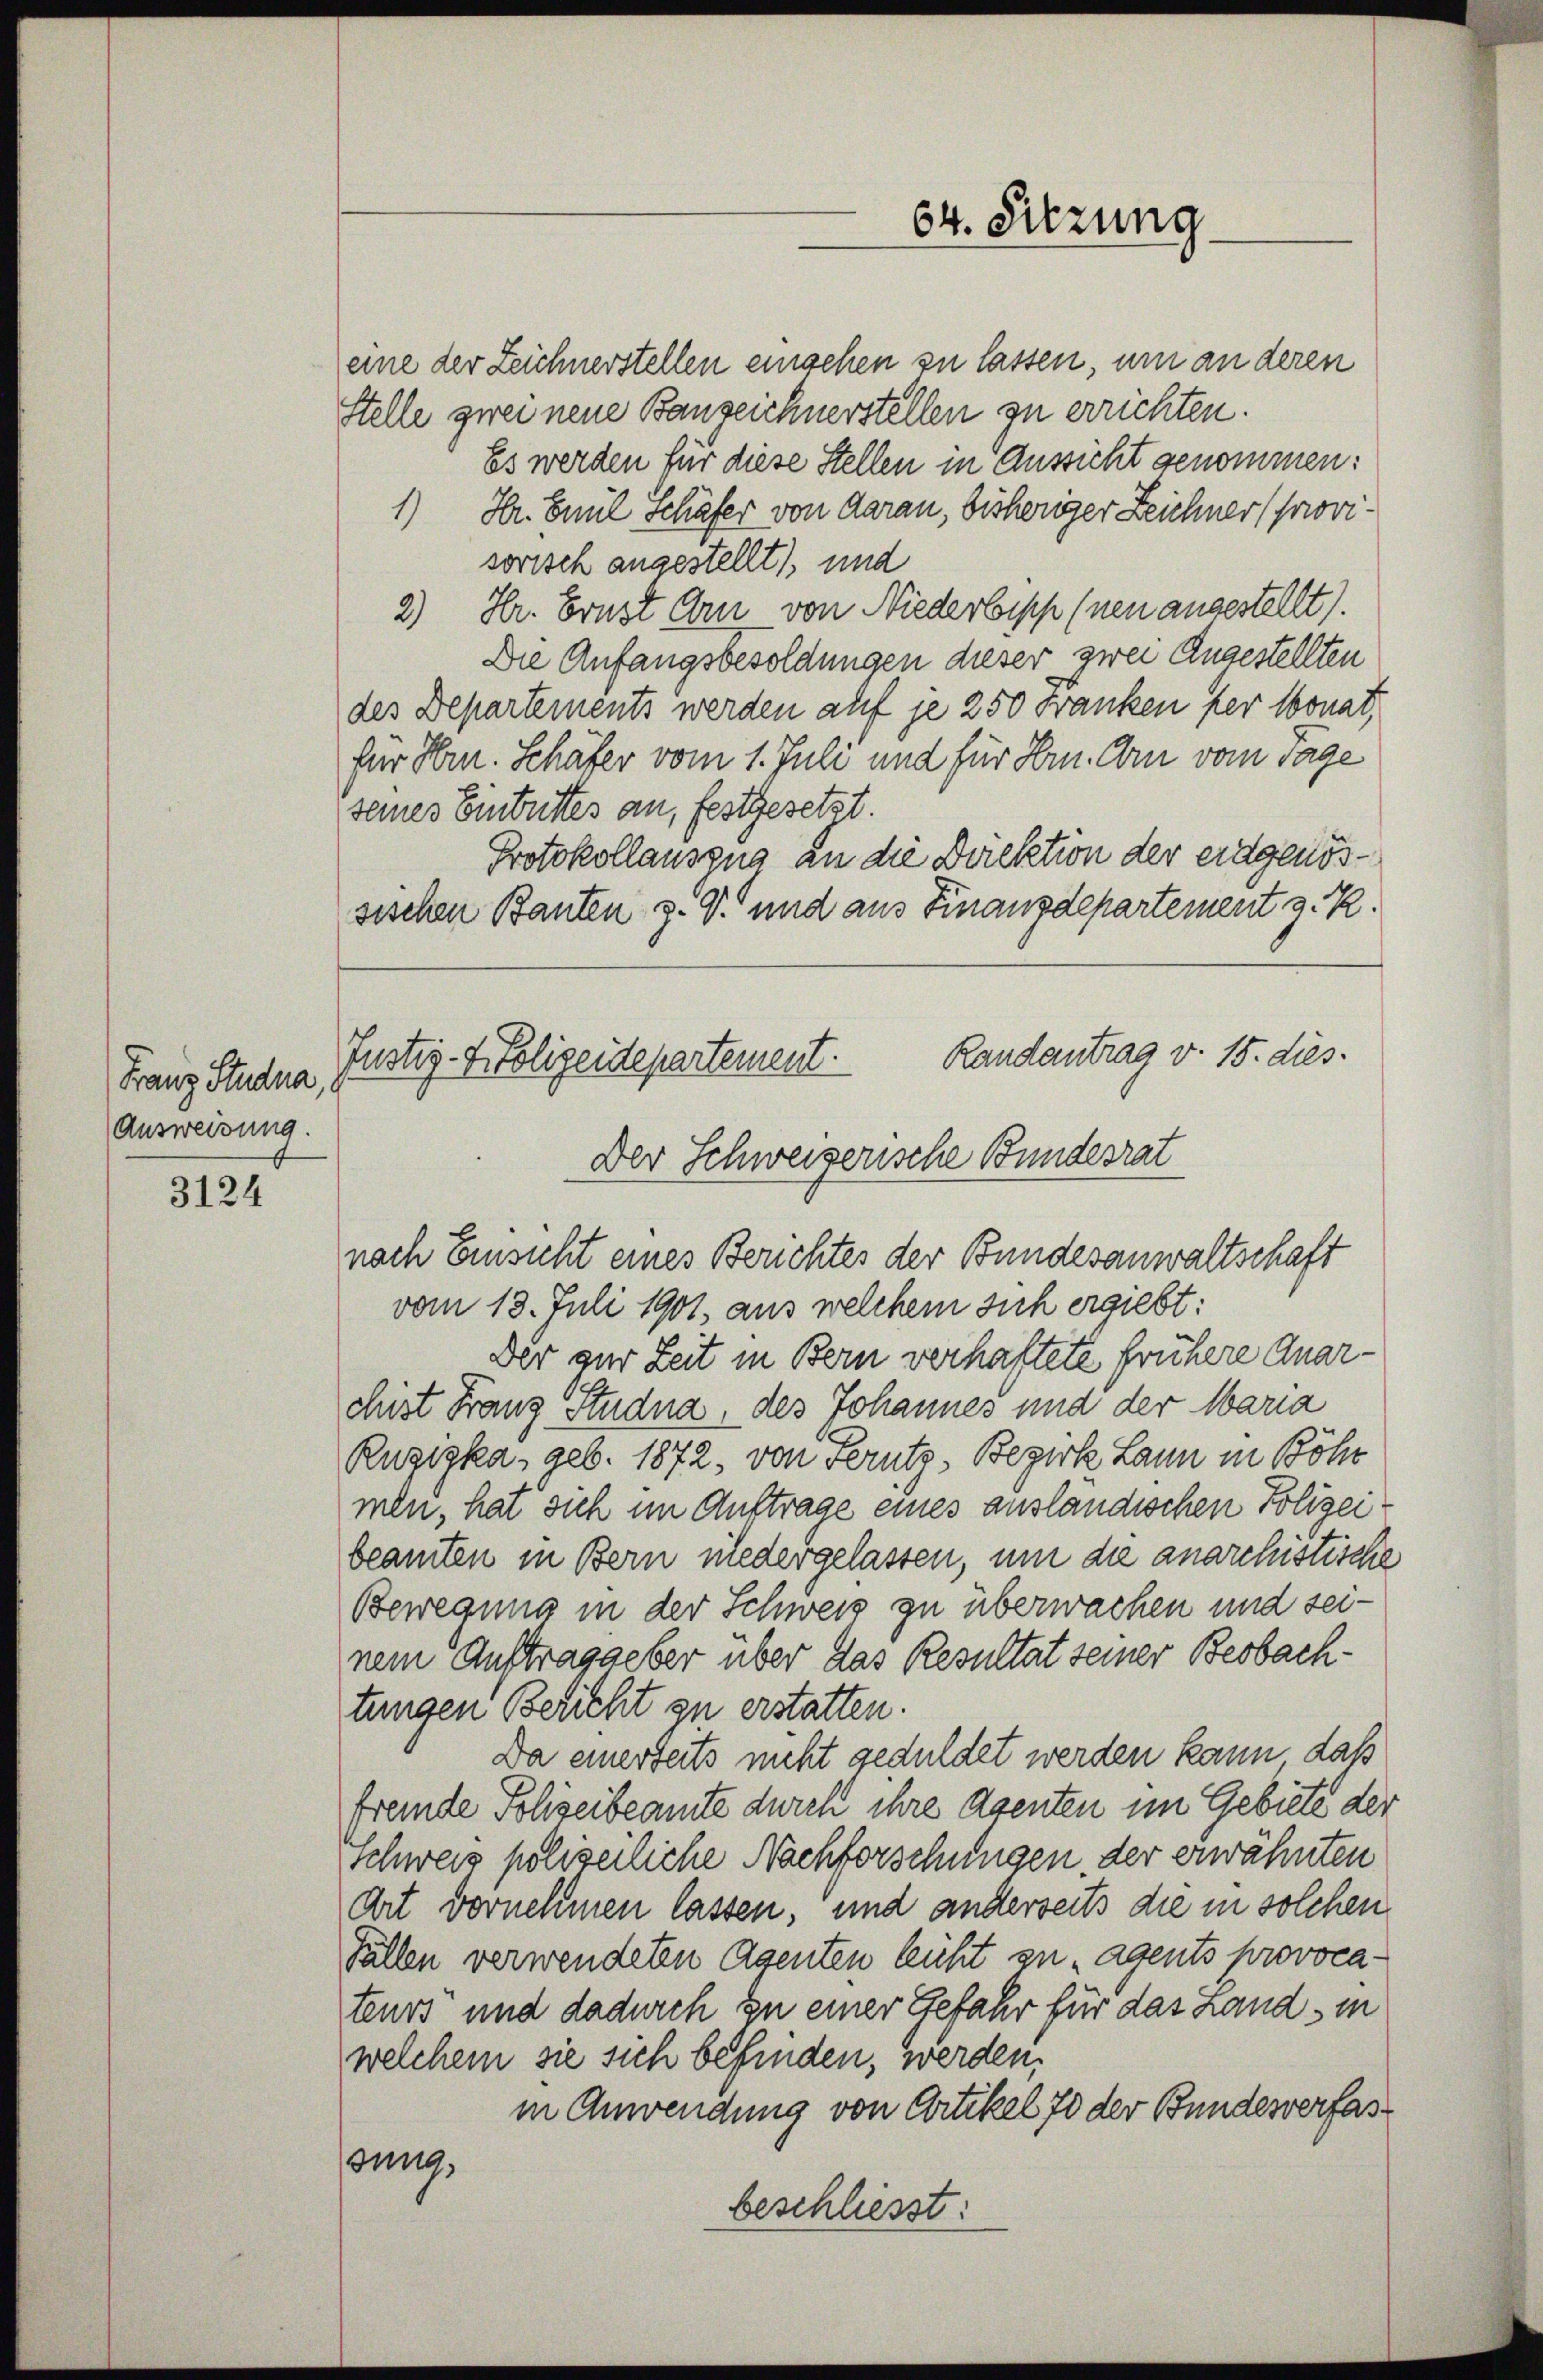
Franz Studna,
Ausweisung.

3124

eine der Zeichnerstellen eingehen zu lassen, um an deren
Stelle zwei neue Banzeichnerstellen zu errichten.
Es werden für diese Stellen in Aussicht genommen:
1) Hr. Emil Schäfer von daran, bisheriger Zeichner (provisorisch angestellt, und
2) Hr. Ernst Arn von Niederbepp (neu angestellt).
Die Anfangsbesoldungen dieser zwei Angestellten
des Departements werden auf je 250 Franken her Monat,
für Hrn. Schäfer vom 1. Juli und für Hrn. Arn vom Tage
seines Eintrittes an, festgesetzt.
Protokollauszug an die Direktion der eidgenössischen Bauten z. G. und aus Finanzdepartement z. R.
Randantrag v. 15. dies
Justiz-Polizeidepartement.
Der Schweizerische Bundesrat

64. Sitzung

vom 18. Juli 1901, aus welchem sich ergiebt:
Der zur Zeit in Bern verhaftete frühere Quarchist Franz Studna, des Johannes und der Maria
Rügigka, geb. 1872, von Ferntz, Bezirk Lann in Böh
men, hat sich im Auftrage eines ausländischen Polizeibeamten in Bern niedergelassen, um die anarchistische
Bewegung in der Schweiz zu überwachen und seinem Auftraggeber über das Resultat seiner Beobachtungen Bericht zu erstatten.
Da einerseits nicht geduldet werden kann, daß
fremde Polizeibeamte durch ihre Asenten im Gebiete der
Schweiz polizeiliche Nachforschungen der erwähnten
Art vornehmen lassen, und anderseits die in solchen
Fällen verwendeten Agenten leicht zu „agents provocateurs und dadurch zu einer Gefahr für das Land in
welchem sie sich befinden, werden,
in Anwendung von Artikel 70 der Bundewerfas
ung.
beschliesst:

nach Einsicht eines Berichtes der Bundesanwaltschaft